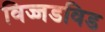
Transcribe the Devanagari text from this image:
विज्जडविड